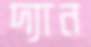
দ্যান